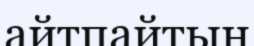
айтпайтын